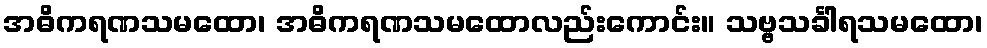
အဓိကရဏသမထော၊ အဓိကရဏသမထောလည်းကောင်း။ သဗ္ဗသင်္ခါရသမထော၊